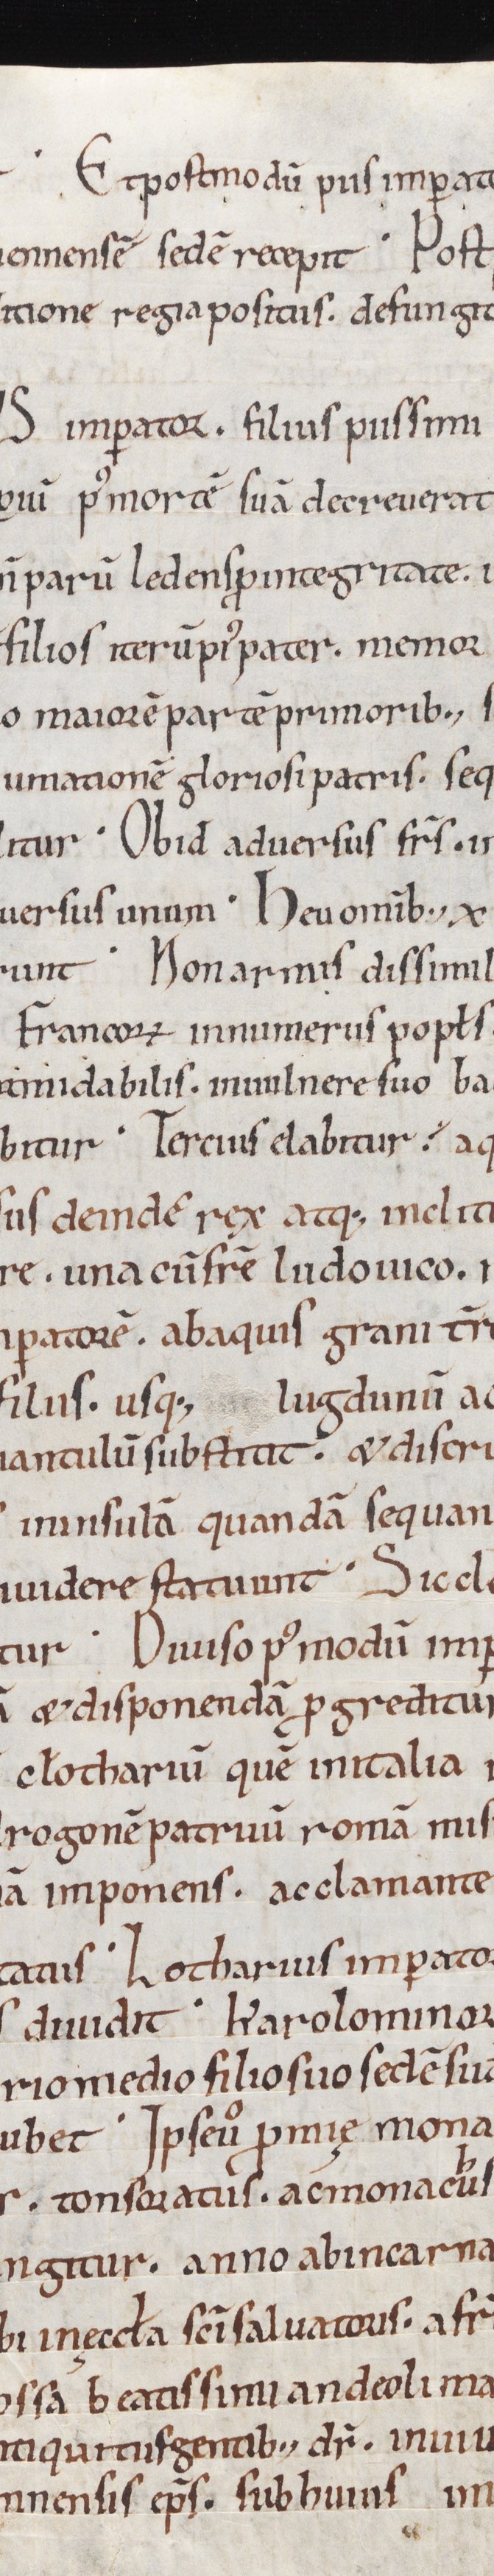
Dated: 1039–1056